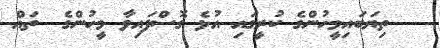
ތިޔަބައިމީހުންގެ ކުރީގައި އުޅެ ގޮސްފައިވާ މީހުންގެ  ތައް